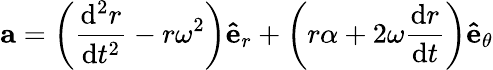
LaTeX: \mathbf{a}=\left({\frac{\mathrm{d}^{2}r}{\mathrm{d}t^{2}}}-r\omega^{2}\right)\mathbf{\hat{e}}_{r}+\left(r\alpha+2\omega{\frac{\mathrm{d}r}{\mathrm{{d}}t}}\right)\mathbf{\hat{e}}_{\theta}